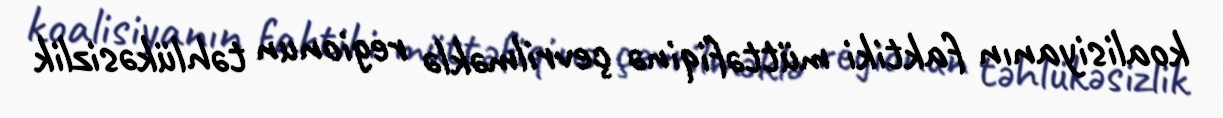
koalisiyanın faktiki müttəfiqinə çevrilməklə regionun təhlükəsizlik